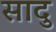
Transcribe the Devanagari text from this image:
सादु